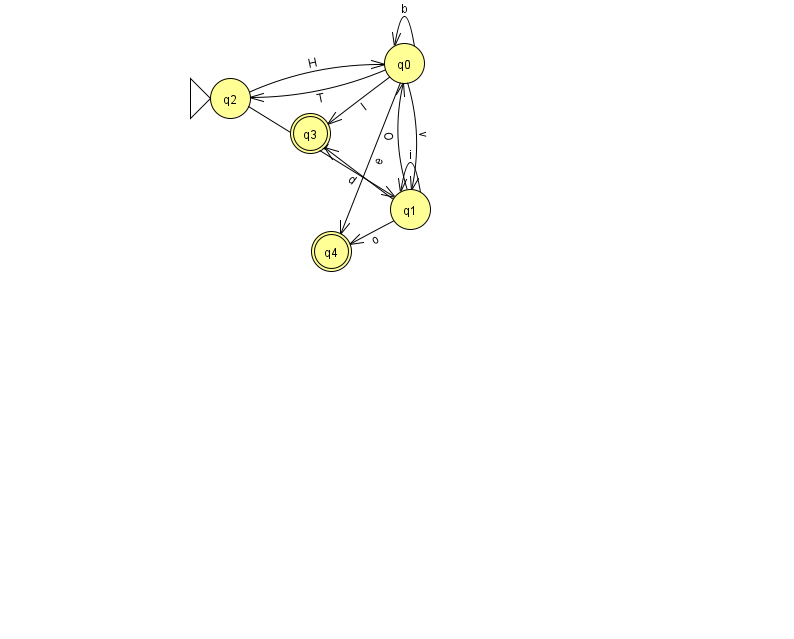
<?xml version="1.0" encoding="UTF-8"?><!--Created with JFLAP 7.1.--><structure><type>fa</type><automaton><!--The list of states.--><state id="0" name="q0"><x>404.0</x><y>50.0</y></state><state id="1" name="q1"><x>410.0</x><y>196.0</y></state><state id="2" name="q2"><x>230.0</x><y>85.0</y><initial/></state><state id="3" name="q3"><x>310.0</x><y>120.0</y><final/></state><state id="4" name="q4"><x>331.0</x><y>238.0</y><final/></state><!--The list of transitions.--><transition><from>0</from><to>1</to><read>v</read></transition><transition><from>0</from><to>0</to><read>b</read></transition><transition><from>0</from><to>3</to><read>l</read></transition><transition><from>2</from><to>0</to><read>H</read></transition><transition><from>1</from><to>4</to><read>o</read></transition><transition><from>0</from><to>2</to><read>T</read></transition><transition><from>1</from><to>0</to><read>O</read></transition><transition><from>1</from><to>1</to><read>i</read></transition><transition><from>0</from><to>4</to><read>e</read></transition><transition><from>1</from><to>3</to><read>d</read></transition><transition><from>2</from><to>1</to><read>u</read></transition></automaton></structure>